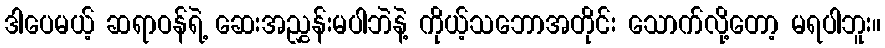
ဒါပေမယ့် ဆရာဝန်ရဲ့ ဆေးအညွှန်းမပါဘဲနဲ့ ကိုယ့်သဘောအတိုင်း သောက်လို့တော့ မရပါဘူး။